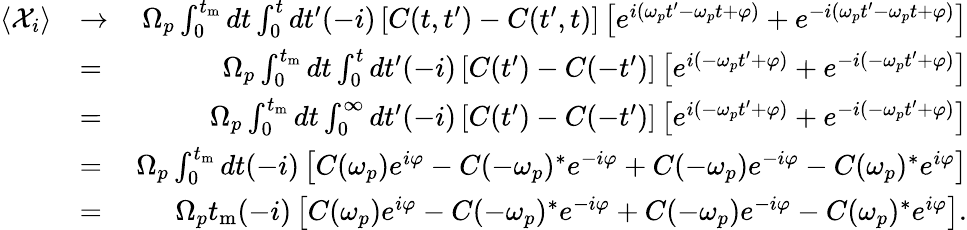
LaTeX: \begin{array}{rlr}{\left<{\mathcal X}_{i}\right>}&{\rightarrow}&{\Omega_{p}\int_{0}^{t_{\mathrm{m}}}dt\int_{0}^{t}dt^{\prime}(-i)\left[C(t,t^{\prime})-C(t^{\prime},t)\right]\left[e^{i\left(\omega_{p}t^{\prime}-\omega_{p}t+\varphi\right)}+e^{-i\left(\omega_{p}t^{\prime}-\omega_{p}t+\varphi\right)}\right]}\\ &{=}&{\Omega_{p}\int_{0}^{t_{\mathrm{m}}}dt\int_{0}^{t}dt^{\prime}(-i)\left[C(t^{\prime})-C(-t^{\prime})\right]\left[e^{i\left(-\omega_{p}t^{\prime}+\varphi\right)}+e^{-i\left(-\omega_{p}t^{\prime}+\varphi\right)}\right]}\\ &{=}&{\Omega_{p}\int_{0}^{t_{\mathrm{m}}}dt\int_{0}^{\infty}dt^{\prime}(-i)\left[C(t^{\prime})-C(-t^{\prime})\right]\left[e^{i\left(-\omega_{p}t^{\prime}+\varphi\right)}+e^{-i\left(-\omega_{p}t^{\prime}+\varphi\right)}\right]}\\ &{=}&{\Omega_{p}\int_{0}^{t_{\mathrm{m}}}dt(-i)\left[C(\omega_{p})e^{i\varphi}-C(-\omega_{p})^{*}e^{-i\varphi}+C(-\omega_{p})e^{-i\varphi}-C(\omega_{p})^{*}e^{i\varphi}\right]}\\ &{=}&{\Omega_{p}t_{\mathrm{m}}(-i)\left[C(\omega_{p})e^{i\varphi}-C(-\omega_{p})^{*}e^{-i\varphi}+C(-\omega_{p})e^{-i\varphi}-C(\omega_{p})^{*}e^{i\varphi}\right].}\end{array}